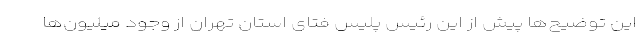
این توضیح‌ها پیش از این رئیس پلیس فتای استان تهران از وجود میلیون‌ها